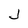
Character: J